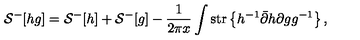
{ \cal S } ^ { - } [ h g ] = { \cal S } ^ { - } [ h ] + { \cal S } ^ { - } [ g ] - \frac { 1 } { 2 \pi x } \int \mathrm { s t r } \left\{ h ^ { - 1 } \bar { \partial } h \partial g g ^ { - 1 } \right\} ,